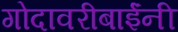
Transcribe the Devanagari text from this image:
गोदावरीबाईंनी